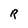
Character: R